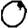
Digit: 0